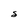
Character: S